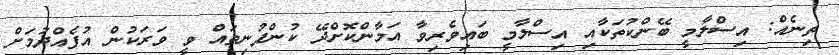
ތިނެއް: އިސްލާމީ ބޭންކުތަކާއި އިސްލާމީ ބައިވެރިވާ އަމާންކޮށްދޭ ކުންފުނިތައް ވީ ވަރަކުން އުފެއްދުމަށް